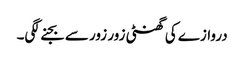
دروازے کی گھنٹی زور زور سے بجنے لگی۔